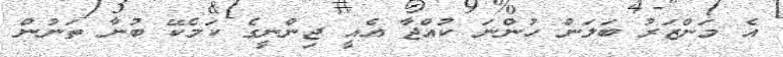
އެ މަންޒަރު ބަލަން ހުންނަ ކުއްޖާ އެއީ ޖިންނީގެ ކަމެކޭ ބުނާ ތަނުން